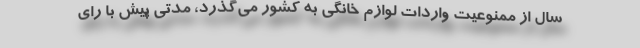
سال از ممنوعیت واردات لوازم خانگی به کشور می‌گذرد، مدتی پیش با رای